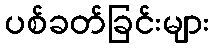
ပစ်ခတ်ခြင်းများ